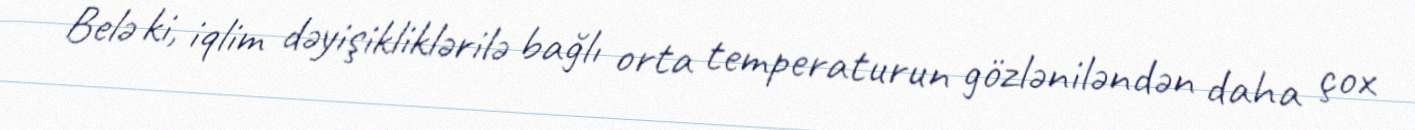
Belə ki, iqlim dəyişikliklərilə bağlı orta temperaturun gözləniləndən daha çox